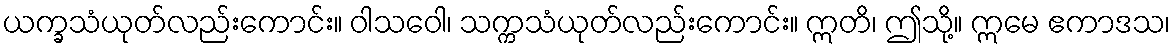
ယက္ခသံယုတ်လည်းကောင်း။ ဝါသဝေါ၊ သက္ကသံယုတ်လည်းကောင်း။ ဣတိ၊ ဤသို့။ ဣမေ ဧကာဒသ၊